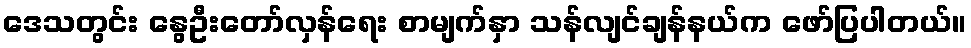
ဒေသတွင်း နွေဦးတော်လှန်ရေး စာမျက်နှာ သန်လျင်ချန်နယ်က ဖော်ပြပါတယ်။